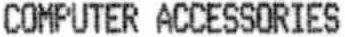
COMPUTER ACCESSORIES